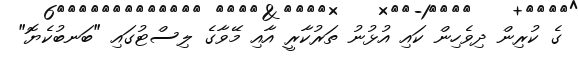
ގެ ކުރިން ދިވެހިން ކައި އުޅުނު ތަރުކާރީ އާއި މޭވާގެ ލިސްޓުގައި "ބަނބުކެޔޮ"